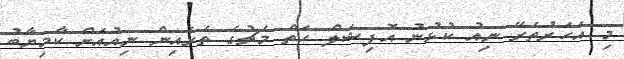
މި އަހަރުތެރޭ ނިއު ކުޅުނު އޮފިޝަލް ހަތް މެޗުގެ ތެރެއިން ނިއުއަށް ކާމިޔާބު